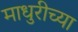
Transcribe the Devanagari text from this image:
माधुरीच्या